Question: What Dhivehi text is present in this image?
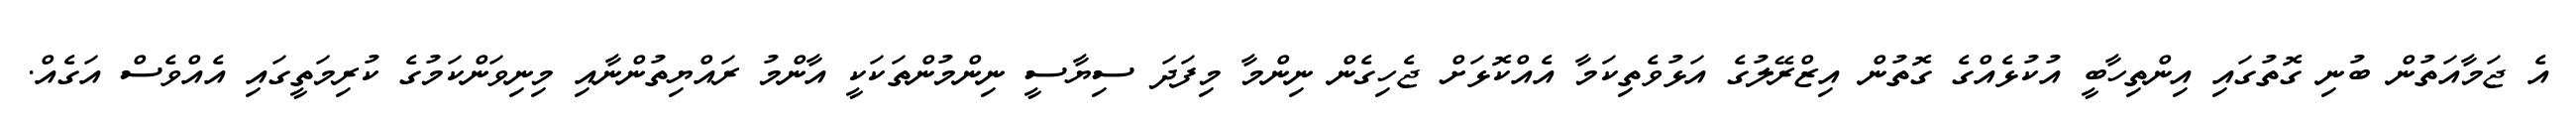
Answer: އެ ޖަމާއަތުން ބުނި ގޮތުގައި އިންތިހާބީ އުކުޅެއްގެ ގޮތުން އިޒްރޭލުގެ އަޅުވެތިކަމާ އެއްކޮޅަށް ޖެހިގެން ނިންމާ މިފަދަ ސިޔާސީ ނިންމުންތަކަކީ އާންމު ރައްޔިތުންނާއި މިނިވަންކަމުގެ ކުރިމަތީގައި އެއްވެސް އަގެއް.